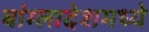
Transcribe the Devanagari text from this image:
बांग्लादेशमध्ये